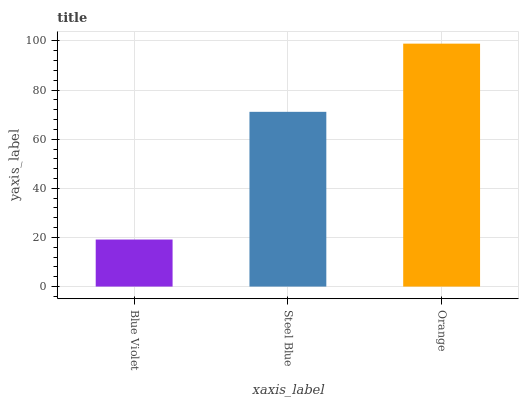
| xaxis_label | bars |
 | --- | --- |
 | Blue Violet | 19.2 |
 | Steel Blue | 71.1 |
 | Orange | 98.9 |